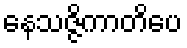
နေသဇ္ဇိကာတိပေ